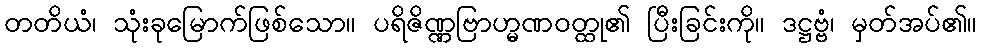
တတိယံ၊ သုံးခုမြောက်ဖြစ်သော။ ပရိဇိဏ္ဏဗြာဟ္မဏဝတ္ထု၏ ပြီးခြင်းကို။ ဒဋ္ဌဗ္ဗံ၊ မှတ်အပ်၏။